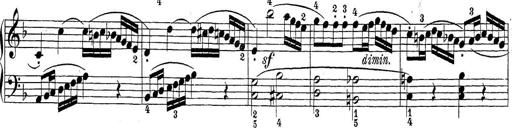
Title: Sonatina Album
Composer: Louis KÃ¶hler